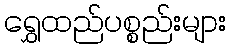
ရွှေထည်ပစ္စည်းများ